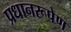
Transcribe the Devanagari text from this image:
प्रधानरूपेण